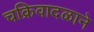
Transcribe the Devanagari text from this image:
चक्रिवादळाने